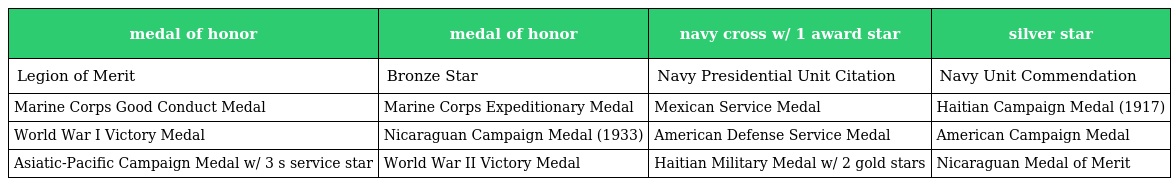
| medal of honor | medal of honor | navy cross w/ 1 award star | silver star |
 | --- | --- | --- | --- |
 | Legion of Merit | Bronze Star | Navy Presidential Unit Citation | Navy Unit Commendation |
 | Marine Corps Good Conduct Medal | Marine Corps Expeditionary Medal | Mexican Service Medal | Haitian Campaign Medal (1917) |
 | World War I Victory Medal | Nicaraguan Campaign Medal (1933) | American Defense Service Medal | American Campaign Medal |
 | Asiatic-Pacific Campaign Medal w/ 3 s service star | World War II Victory Medal | Haitian Military Medal w/ 2 gold stars | Nicaraguan Medal of Merit |